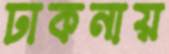
ঢাকনায়